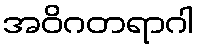
အဝိဂတရာဂါ